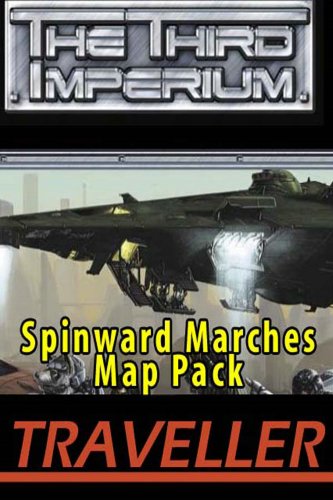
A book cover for Traveller: The Spinward Marches Map Pack (Traveller Sci-Fi Roleplaying); Nick Robinson; Science Fiction & Fantasy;